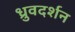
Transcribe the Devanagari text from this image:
ध्रुवदर्शन